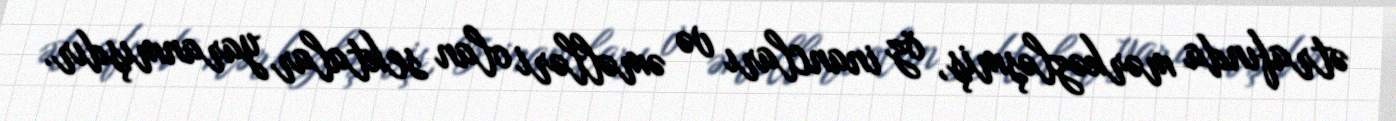
ətrafında mərkəzləşmiş, öz inancları və əməlləri olan sektalar yaranmışdır.